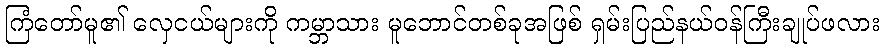
ကြံတော်မူ၏ လှေငယ်များကို ကမ္ဘာသား မူဘောင်တစ်ခုအဖြစ် ရှမ်းပြည်နယ်ဝန်ကြီးချုပ်ဖလား